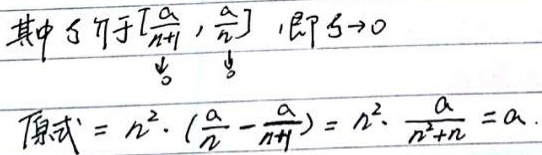
其中\(\xi\in[\frac{a}{n + 1},\frac{a}{n}]\)，即\(\xi\rightarrow0\)。原式\(=n^{2}\cdot(\frac{a}{n}-\frac{a}{n + 1})=n^{2}\cdot\frac{a}{n^{2}+n}=a\)